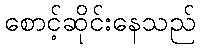
စောင့်ဆိုင်းနေသည်